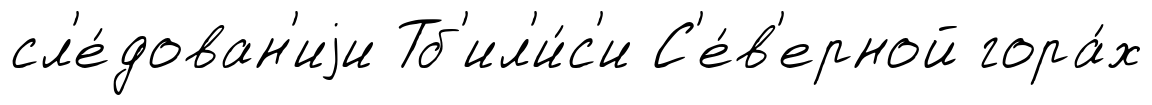
сл'е́дован'иjи Тб'ил'и́с'и С'е́в'ерной гора́х